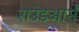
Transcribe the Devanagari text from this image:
राउंडआर्म